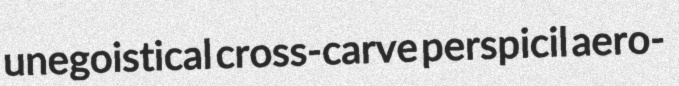
unegoistical cross-carve perspicil aero-